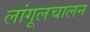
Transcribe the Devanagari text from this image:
लांगूलचालन